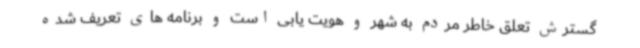
گسترش تعلق خاطر مردم به شهر و هویت یابی است و برنامه های تعریف شده